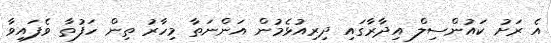
އެ ރަށު ކައުންސިލް އިދާރާގައި ދިރިއުޅެމުން އަންނަތާ މިހާރު ތިން ހަފުތާ ވެފައިވާ